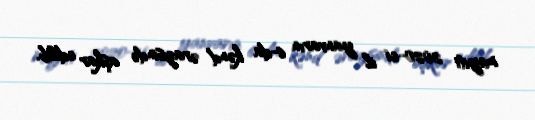
meyiti 2020-ci il yanvarın 6-da kənd ərazisində aşkar edilib.